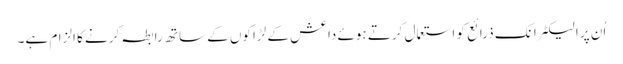
اُن پر الیکٹرانک ذرائع کو استعمال کرتے ہوئے داعش کے لڑاکوں کے ساتھ رابطہ کرنے کا الزام ہے۔